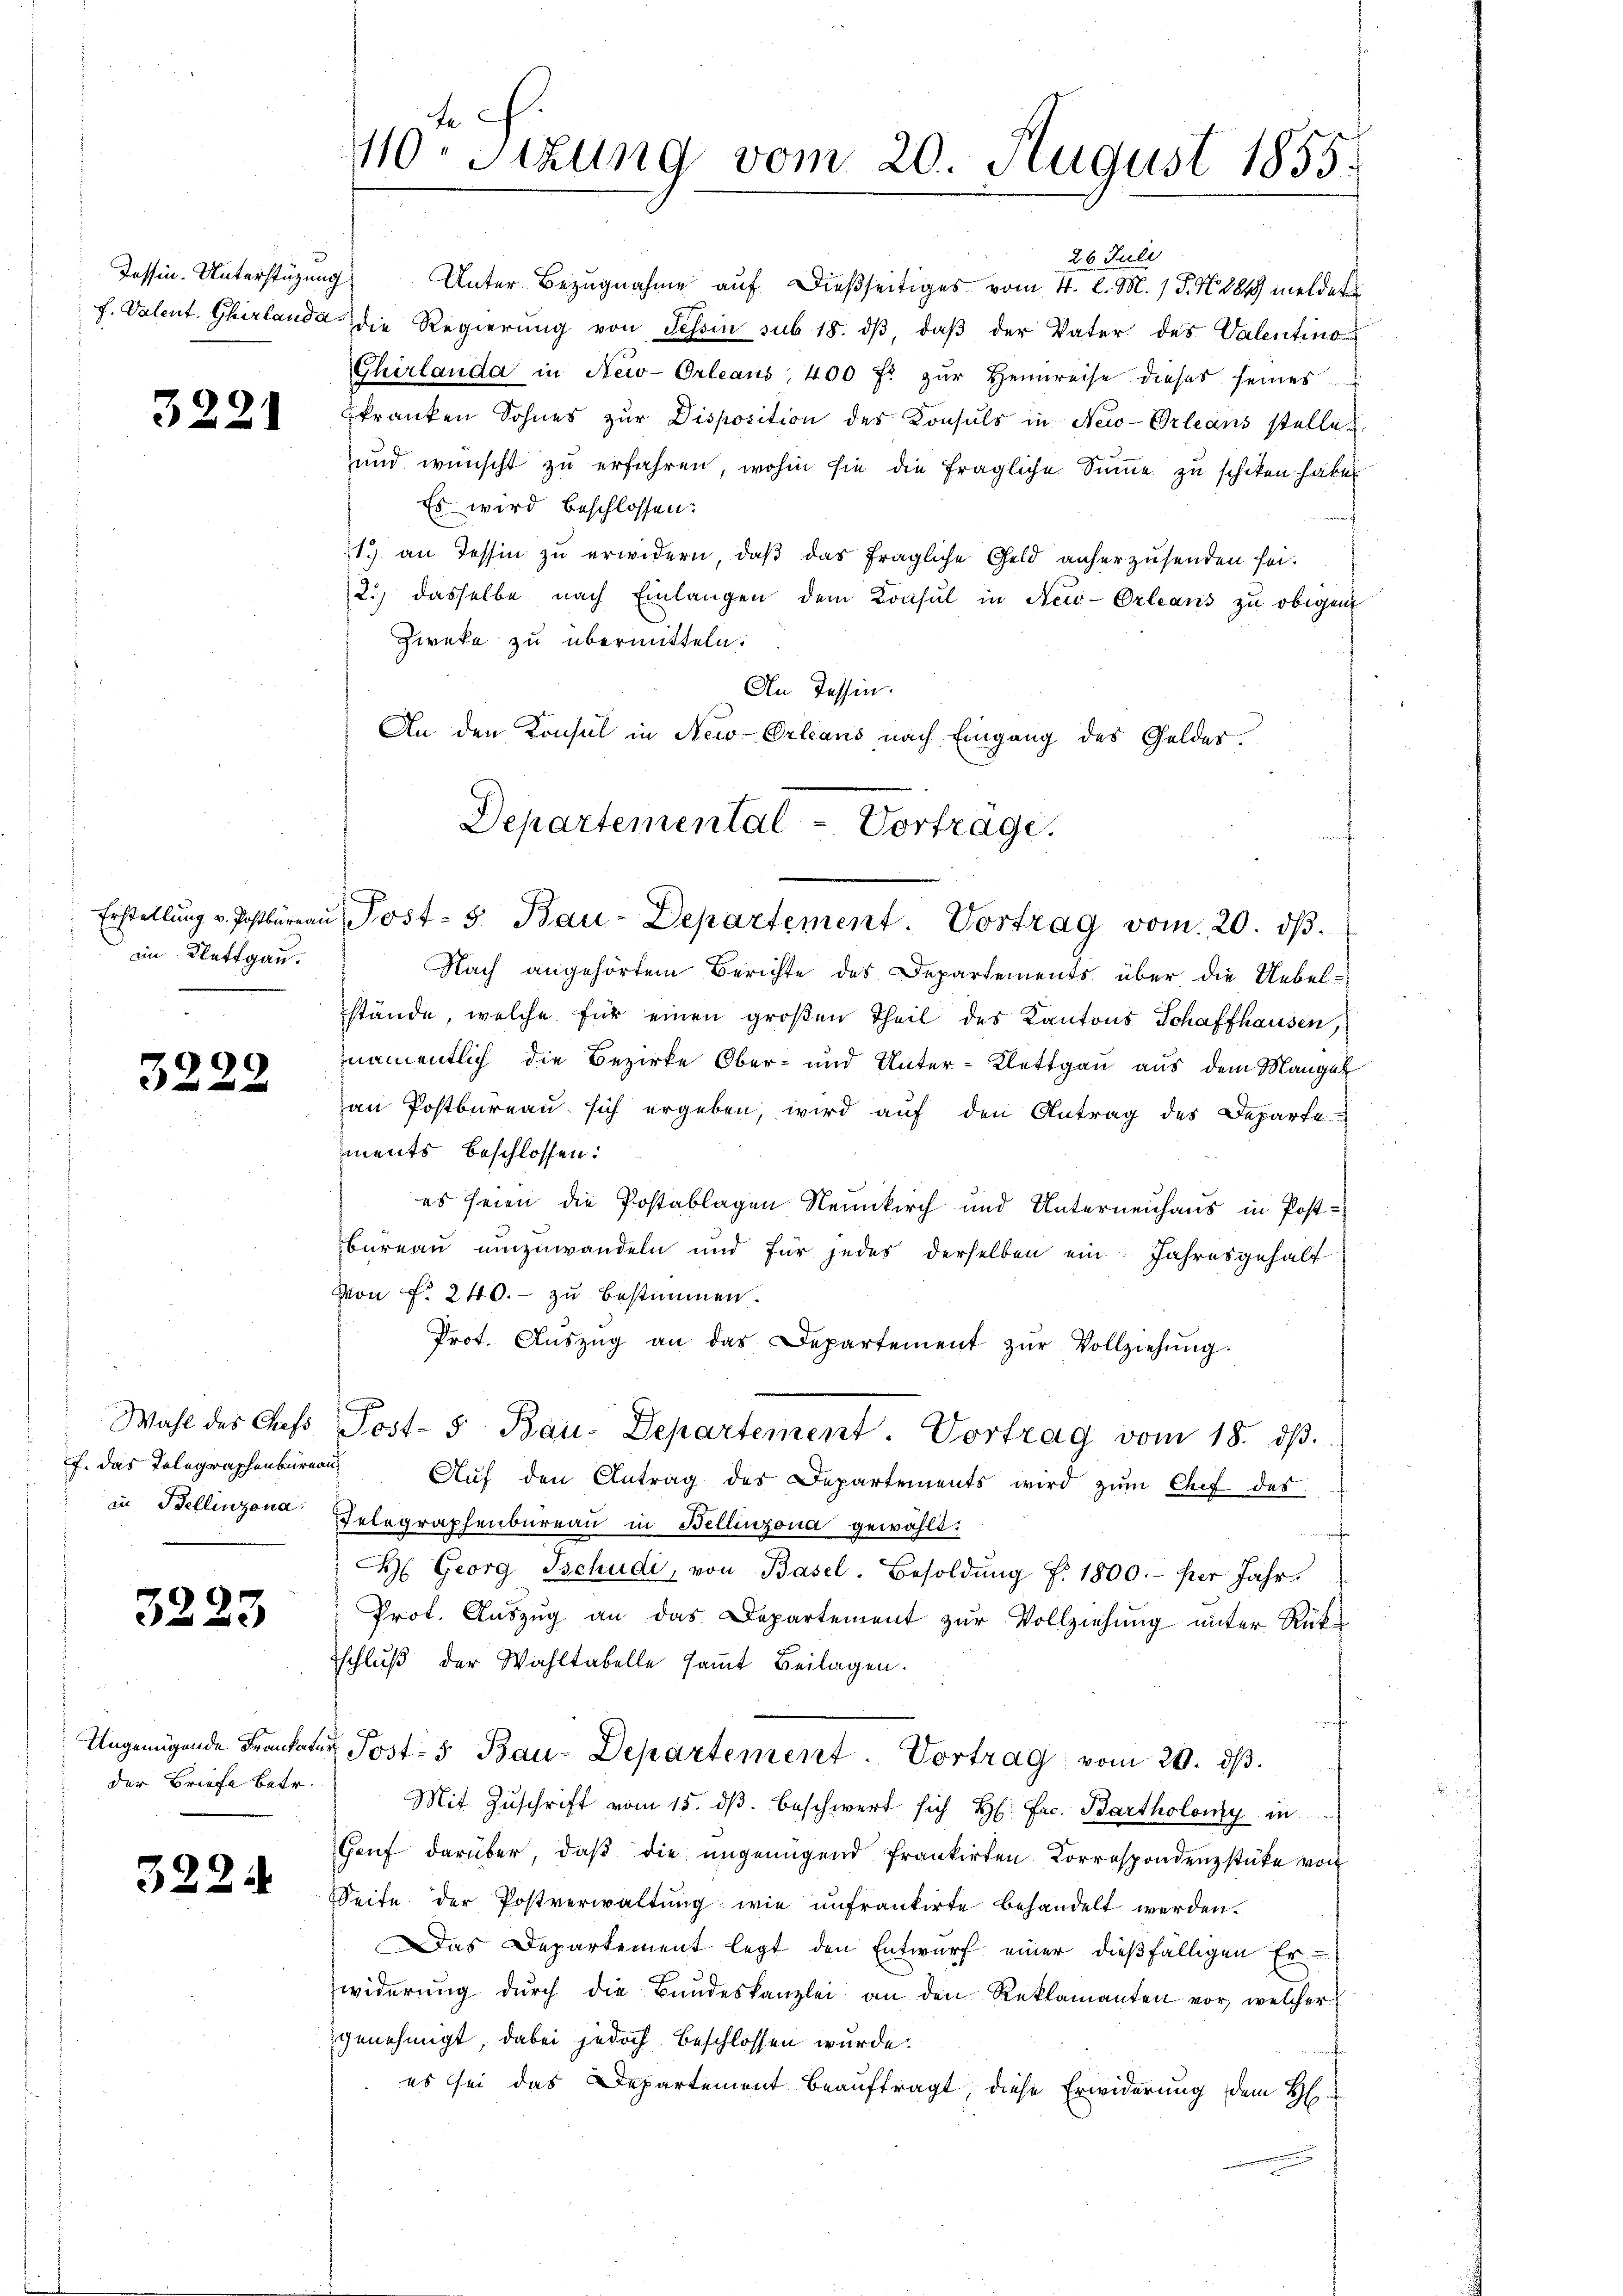
Tessin. Unterstüzung

3221

an Klettgau.

3222

Wahl des Chefs
f. das Telegraphenbureau

3223

der Briefe betr.

322.

fe
110. Sitzung vom 20. August 1855.

Unter Bezugnahme auf dießseitiges vom 4. l. M. / P. N. 1849 meldet
f. Valent Gherlanda die Regierung von Tessin sub 18. dβ, daβ der Vater des Valentino
Chirlanda in New-Orleans, 400 fr zŭr Heimreise dieses seines
kranken Sohnes zur Disposition des Konsuls in New-Orleans stelle
und wünscht zu erfahren, wohin sie die fragliche Summe zu schiken habe.
Es wird beschlossen:
1.) an Tessin zu erwidern, daß das fragliche Geld anherzusenden sei.
2.) dasselbe nach Einlangen dem Konsul in New-Orleans zu obigen
Zweke zu übermitteln:
An Tessin.
An den Konsul in New-Orleans nach Eingang des Geldes.
Nach angehörtem Berichte des Departements über die Uebelstände, welche für einen großen Theil des Kantons Schaffhausen,
namentlich die Bezirke Ober- und Unter-Klettgau aus dem Mangel
an Postbureau sich ergeben, wird auf den Antrag des Departe
ments beschlossen:
es seien die Postablagen Neunkirch und Unterneuhaus in Post¬
Bureau umzuwandeln und für jedes derselben ein Jahresgehalt
Von f. 240. - zu bestimmen.
Prot. Aŭszŭg an das Departement zŭr Vollziehŭng:
Post- 5 Bau-Departement. Vortrag vom 18. dβ.
Aŭf den Antrag des Departements wird zŭm Chef des
in Bellinzona Telegraphenbureau in Bellinzona gewählt:
M. Georg Tschudi, von Basel. Besoldŭng f. 1800.- per Jahr.
Prot. Aŭszŭg an das Departement zŭr Vollziehung unter Rück-
schluß der Wahltabelle samt Beilagen.
Ungenügende Frankatar Post- 5 Bau-Departement. Vortrag vom 20. dβ.
Mit Zŭschrift vom 15. dβ beschwert sich H: Fr. Bartholomy in
Grŭf darüber, daβ die angenügend Frankirten Correspondenzstüke von
Seite der Postverwaltŭng wie unfrankirte behandelt werden.
Das Departement legt den Entwurf einer dießfälligen Erwiderung dŭrch die Bundeskanzlei an den Reklamanten vor, welcher
genehmigt, dabei jedoch beschlossen wurde.
es sei das Departement beauftragt, diese Erwiderung dem H

Departemental - Vorträge.
Erstellŭng v. Postbüreaŭ Post- & Bau-Departement. Vortrag vom 20. dβ.

26 Juli